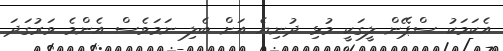
އެކަމަކު ސްޕޭން ލީގަކީ މުޅި ދުނިޔެ އަށް ބެލި ނަމަވެސް އެންމެ ވަރުގަދަ